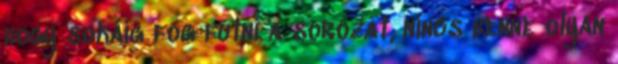
hogy sokáig fog futni a sorozat, nincs benne olyan